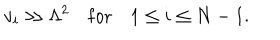
v _ { i } \gg \Lambda ^ { 2 } \quad \mathrm { f o r } \quad 1 \leq i \leq N - 1 .